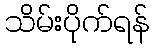
သိမ်းပိုက်ရန်